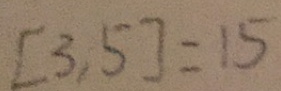
[ 3 , 5 ] = 1 5